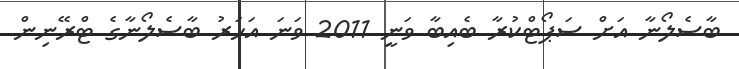
ބާސެލޯނާ އަށް ސަޕޯޓްކުރާ ބެއިބާ ވަނީ 2011 ވަނަ އަހަރު ބާސެލޯނާގެ ޓްރޭނިން